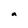
Character: a